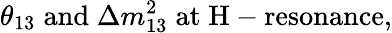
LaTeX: \theta_{13}\; \mathrm{and}\; \Delta m_{13}^{2}\; \mathrm{at\; H-resonance},